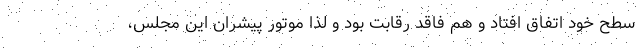
سطح خود اتفاق افتاد و هم فاقد رقابت بود و لذا موتور پیشران این مجلس،